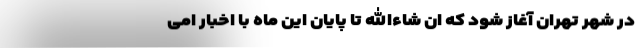
در شهر تهران آغاز شود که ان شاءالله تا پایان این ماه با اخبار امی